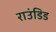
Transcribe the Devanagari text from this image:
राउंडिड